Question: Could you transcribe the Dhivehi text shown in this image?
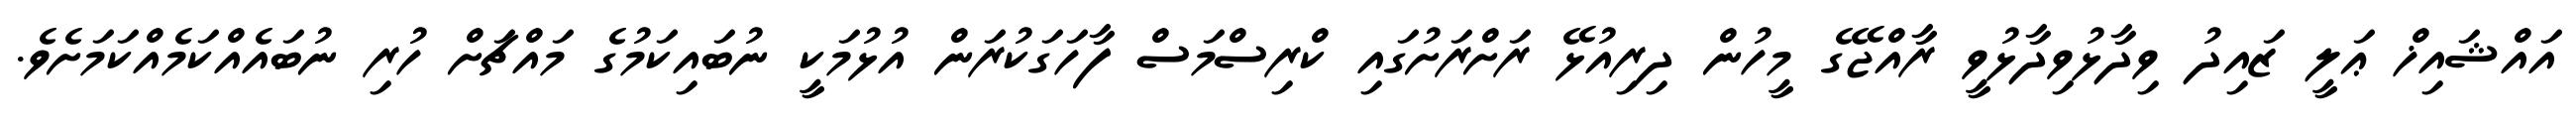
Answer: އައްޝައިޚް ޢަލީ ޒައިދު ވިދާޅުވިދާޅުވީ ރާއްޖޭގެ މީހުން ދިރިއުޅޭ ރަށްރަށުގައި ކްރިސްމަސް ފާހަގަކުރަން އުޅުމަކީ ނުބައިކަމުގެ މައްޗަށް ހުރި ނުބައެއްކަމެއްކަމަށެވެ.